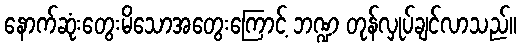
နောက်ဆုံးတွေးမိသောအတွေးကြောင့် ဘဏ္ဍ တုန်လှုပ်ချင်လာသည်။